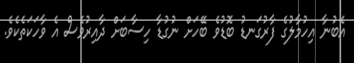
އެބުނާ އިހުމާލުގެ ފާރުގަނޑު ބޮޑުވެ ބޭހަށް ނުގުޑާ ހިސާބަށް ދާއިރުވެސް އެ ވާހަކަތެކެވެ.